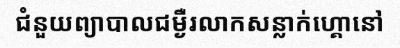
ជំនួយព្យាបាលជម្ងឺរលាកសន្លាក់ហ្គោនៅ